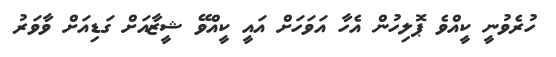
ހުރެވުނީ ކީއްވެ ޕޮލިހުން އެހާ އަވަހަށް އައީ ކީއްވޭ ޝީޒާއަށް ގަޑިއަށް ވާވަރު